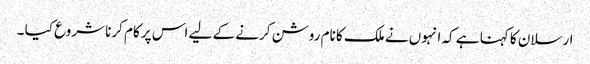
ارسلان کا کہنا ہے کہ انہوں نے ملک کا نام روشن کرنے کے لیے اس پر کام کرنا شروع کیا ۔